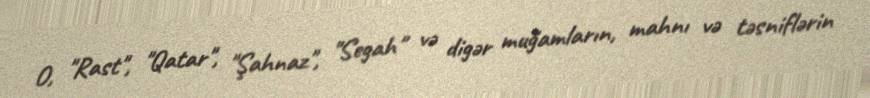
O, "Rast", "Qatar", "Şahnaz", "Segah" və digər muğamların, mahnı və təsniflərin